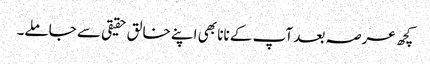
کچھ عرصہ بعد آپ کے نانا بھی اپنے خالق حقیقی سے جاملے۔